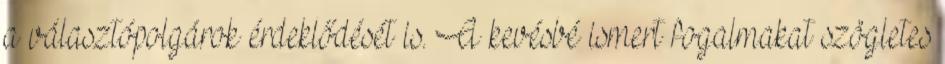
a választópolgárok érdeklődését is. A kevésbé ismert fogalmakat szögletes